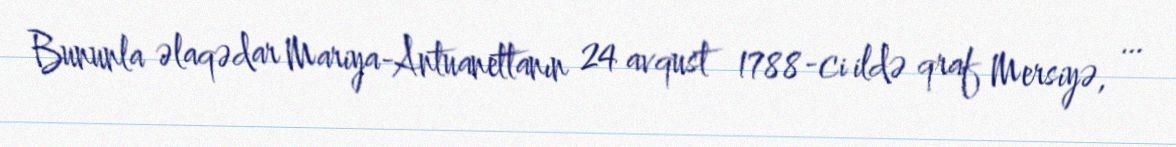
Bununla əlaqədar Mariya-Antuanettanın 24 avqust 1788-ci ildə qraf Mersiyə, …